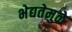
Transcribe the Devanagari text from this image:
भेद्यतेमुळे